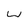
Character: w